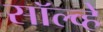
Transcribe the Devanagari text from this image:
सॉल्व्हे